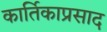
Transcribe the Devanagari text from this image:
कार्तिकाप्रसाद